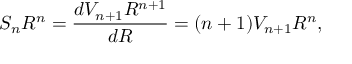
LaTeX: S _ { n } R ^ { n } = { \frac { d V _ { n + 1 } R ^ { n + 1 } } { d R } } = { ( n + 1 ) V _ { n + 1 } R ^ { n } } ,